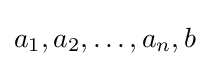
a_{1},a_{2},\dots ,a_{n},b